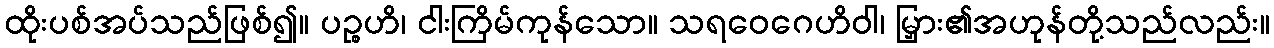
ထိုးပစ်အပ်သည်ဖြစ်၍။ ပဉ္စဟိ၊ ငါးကြိမ်ကုန်သော။ သရဝေဂေဟိဝါ၊ မြှား၏အဟုန်တို့သည်လည်း။